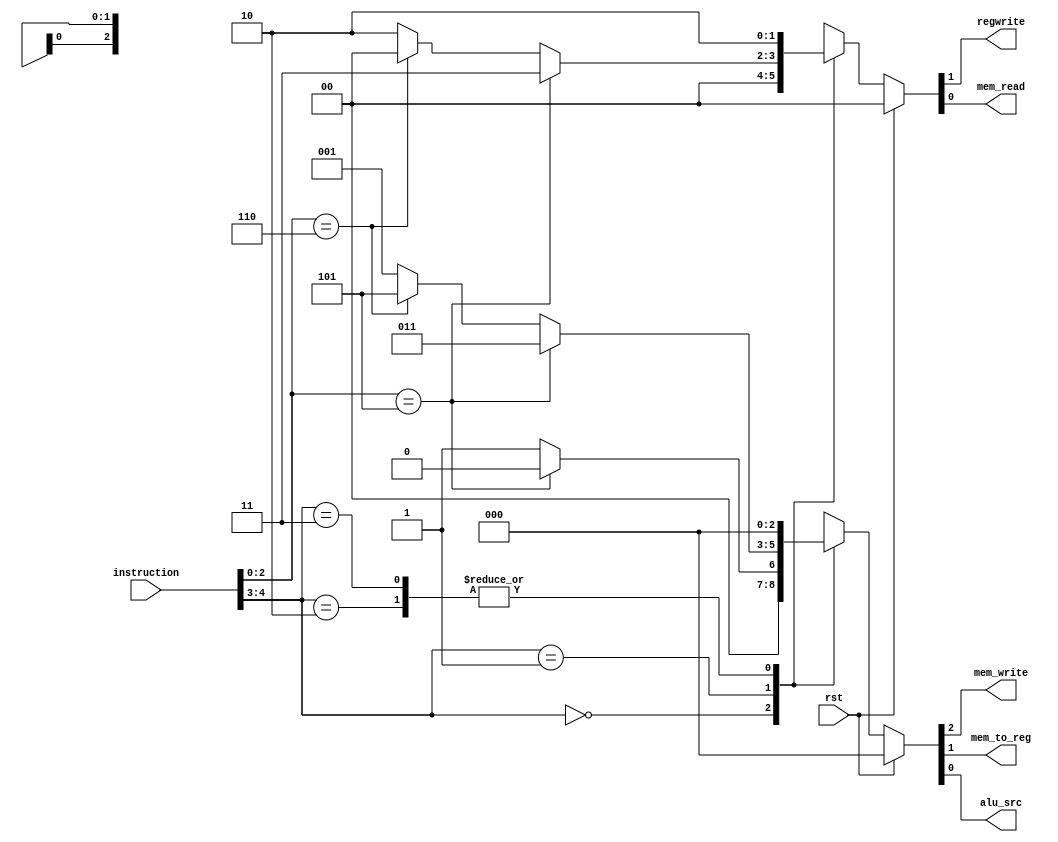
// =============================================================================
// -----------------------------------------------------------------------------
// This file include the control block for RISC.
// =============================================================================

`timescale 1ns / 1ps

module control(
	output reg regwrite,
	output reg mem_read,
	output reg mem_write,
	output reg mem_to_reg,
	output reg alu_src,
	
	input wire [4:0] instruction,
	input wire rst
);
		  
always@(*) begin
	if(rst)begin
		{regwrite,mem_read} <= 2'b00;
		{mem_write,mem_to_reg,alu_src} <= 3'b000;
	end else begin
		case(instruction[4:3])
			2'b00: // j type instruction
			if(instruction[2:0]==3'b101)begin		//NOP
			//no operation ROMaddress
				{regwrite,mem_read} <= 2'b00;
				{mem_write,mem_to_reg,alu_src} <= 3'b000;
			end else begin
			//
				{regwrite,mem_read} <= 2'b00;
				{mem_write,mem_to_reg,alu_src} <= 3'b001;
			end
			2'b01: // i type instruction
				if(instruction[2:0]==3'b101)begin		//LDD
					{regwrite,mem_read} <= 2'b11;
					{mem_write,mem_to_reg,alu_src} <= 3'b011;
				end else if(instruction[2:0]==3'b110) begin	//STD
					{regwrite,mem_read} <= 2'b00;
					{mem_write,mem_to_reg,alu_src} <= 3'b101;
				end else begin
					{regwrite,mem_read} <= 2'b10;
					{mem_write,mem_to_reg,alu_src} <= 3'b001;
				end
			2'b10: // r2 type instruction
				begin
					{regwrite,mem_read} <= 2'b10;
					{mem_write,mem_to_reg,alu_src} <= 3'b000;
				end
			2'b11: // r1 type instruction
				begin
					{regwrite,mem_read} <= 2'b10;
					{mem_write,mem_to_reg,alu_src} <= 3'b000;
				end
			default: //NOP no operation
				begin
					{regwrite,mem_read} <= 2'b00;
					{mem_write,mem_to_reg,alu_src} <= 3'b000;
				end
		endcase
	end	
end	
endmodule